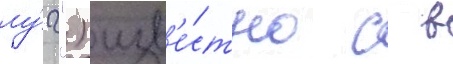
лу́г") изв'е́стно с в